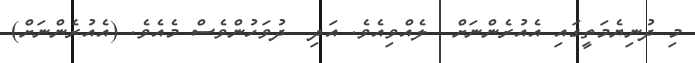
މި ދުނިޔެމަތީގައި އެއުރެންނަށް  ލެއްވިއެވެ. އަދި  ދުވަހުންވެސް މެއެވެ. (އެއުރެންނަށް)